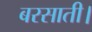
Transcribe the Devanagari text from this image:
बरसाती।